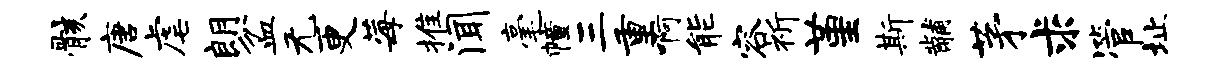
骸唐虐朗盆无更莓推闻毫幢三重啊能容祈堇斯黼茅求管址